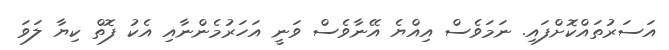
އަސަރުތައްކޮށްފައި. ނަމަވެސް އިއްޔެ އޭނާވެސް ވަނީ އަހަރުމެންނާއި އެކު ފޮތް ކިޔާ ލަވަ